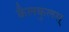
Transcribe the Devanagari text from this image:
कैलकुलस्‌